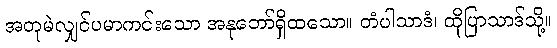
အတုမဲလျှင်ပမာကင်းသော အနုဘော်ရှိထသော။ တံပါသာဒံ၊ ထိုပြာသာဒ်သို့။